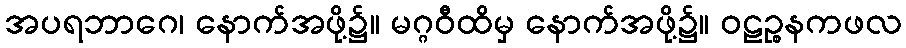
အပရဘာဂေ၊ နောက်အဖို့၌။ မဂ္ဂဝီထိမှ နောက်အဖို့၌။ ဝဠဉ္စနကဖလ